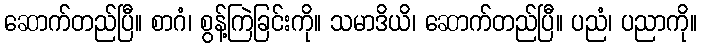
ဆောက်တည်ပြီ။ စာဂံ၊ စွန့်ကြဲခြင်းကို။ သမာဒိယိ၊ ဆောက်တည်ပြီ။ ပညံ၊ ပညာကို။